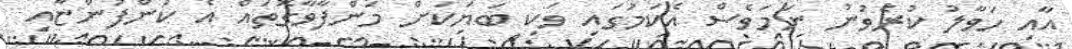
އާއި ހަވާލު ކުރެވުނު ނަމަވެސް އެކަމުގައި ވަކި ބަޔަކަށް މަންފާވާގޮތައް އެ ކުންފުންޏާއި